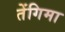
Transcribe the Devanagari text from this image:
तेंगिमा